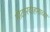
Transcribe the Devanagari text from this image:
मोटारवाहनाच्या